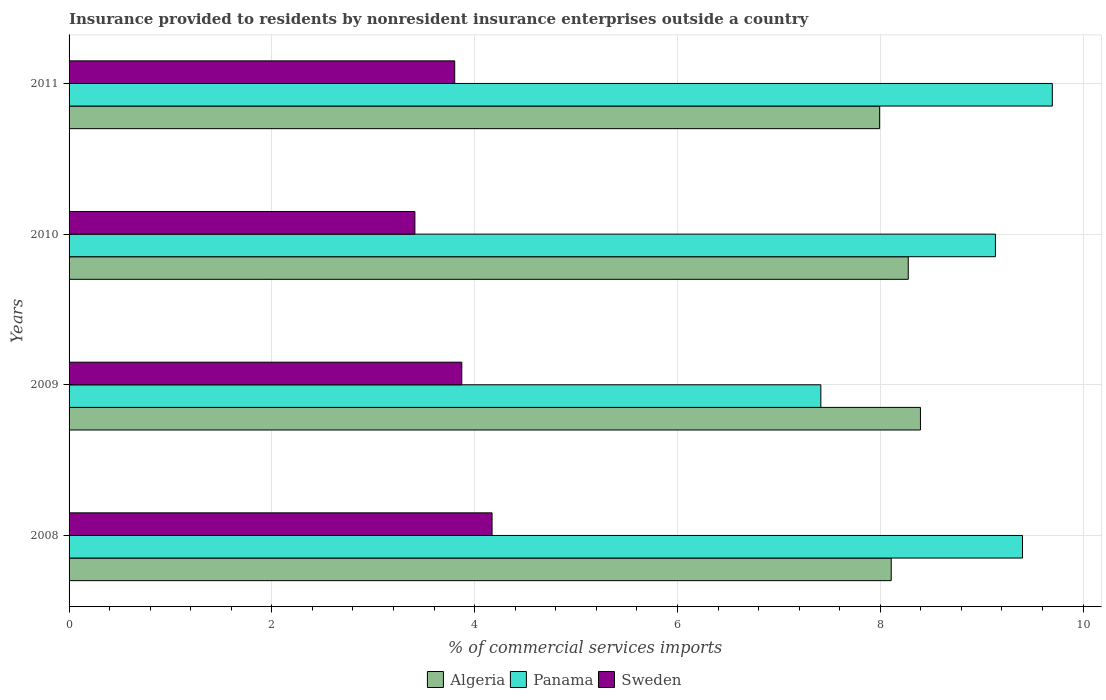
| Years | Algeria | Panama | Sweden |
 | --- | --- | --- | --- |
 | 2008 | 8.11 | 9.4 | 4.17 |
 | 2009 | 8.4 | 7.41 | 3.87 |
 | 2010 | 8.28 | 9.14 | 3.41 |
 | 2011 | 7.99 | 9.7 | 3.8 |